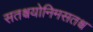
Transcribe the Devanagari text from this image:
सतश्चयोनिमसतश्च